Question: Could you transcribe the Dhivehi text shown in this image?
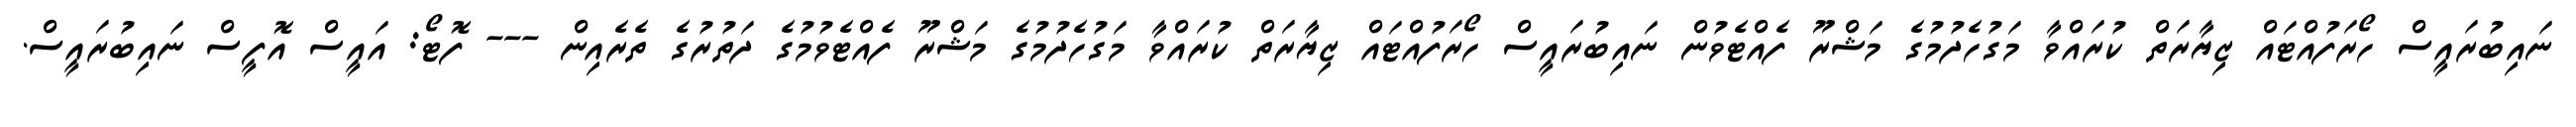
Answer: ނައިބުރައީސް ހޯރަފުއްޓައް ޒިޔާރަތް ކުރައްވާ މަގުހެދުމުގެ މަޝްރޫ ފެއްޓެވުން ނައިބުރައީސް ހޯރަފުއްޓައް ޒިޔާރަތް ކުރައްވާ މަގުހެދުމުގެ މަޝްރޫ ފެއްޓެވުމުގެ ދަތުރުގެ ތެރެއިން --- ފޮޓޯ: އައީސް އޮފީސް ނައިބުރައީސް.